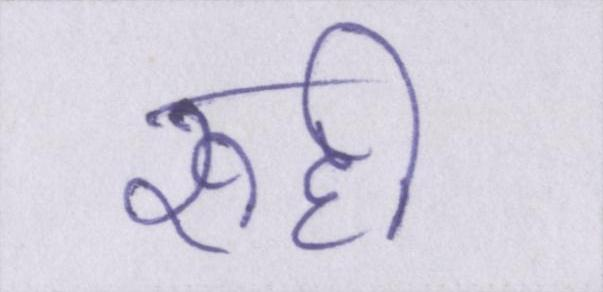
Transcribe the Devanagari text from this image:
रूही